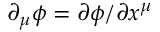
\partial _ { \mu } \phi = \partial \phi / \partial x ^ { \mu }